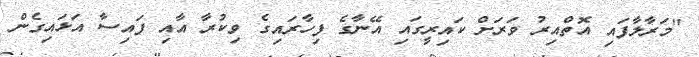
"މަރާލާފައި އޮތްއިރު ވަރަށް ކައިރީގައި އޭނާގެ ފިހާރައިގެ ވިކުރާ އާއި ފައިސާ އަޅައިގެން